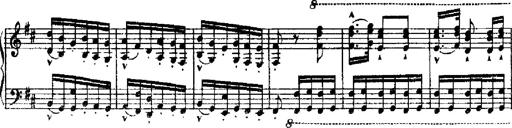
Title: RÃ©miniscences de Robert le diable
Composer: Franz Liszt